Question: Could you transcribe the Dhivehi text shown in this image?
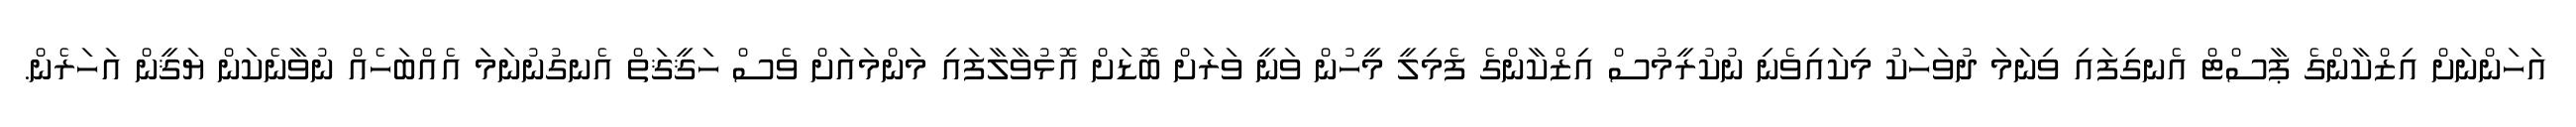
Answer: އަހަންނަށް އިޒްކާންގެ ޕާސްޓް އެނގިފައި ވިނަމަ ދުވަހަކު މިކައިވެނި ނުކުރީމުސް އިޒްކާންގެ ފެމިލީ މީހުން ވަނީ ވަރަށް ބޮޑަށް އޮޅުވާލާފައި މަންމައަށް ވެސް ހަޤީޤަތް އެނގުނުނަމަ އެއްބަހެއް ނުވާނެކަން ޔަޤީން އަހަރެން.